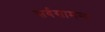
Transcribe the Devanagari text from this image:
सर्वसामन्य